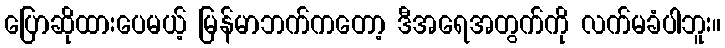
ပြောဆိုထားပေမယ့် မြန်မာဘက်ကတော့ ဒီအရေအတွက်ကို လက်မခံပါဘူး။